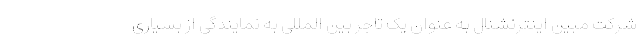
شرکت مبین اینترنشنال به عنوان یک تاجر بین المللی به نمایندگی از بسیاری